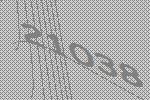
21038